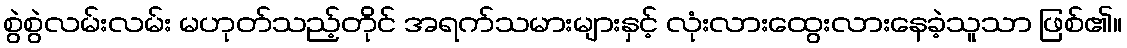
စွဲစွဲလမ်းလမ်း မဟုတ်သည့်တိုင် အရက်သမားများနှင့် လုံးလားထွေးလားနေခဲ့သူသာ ဖြစ်၏။